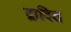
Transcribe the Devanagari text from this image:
द्रावित